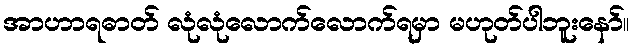
အာဟာရဓာတ် လုံလုံလောက်လောက်ရမှာ မဟုတ်ပါဘူးနော်။